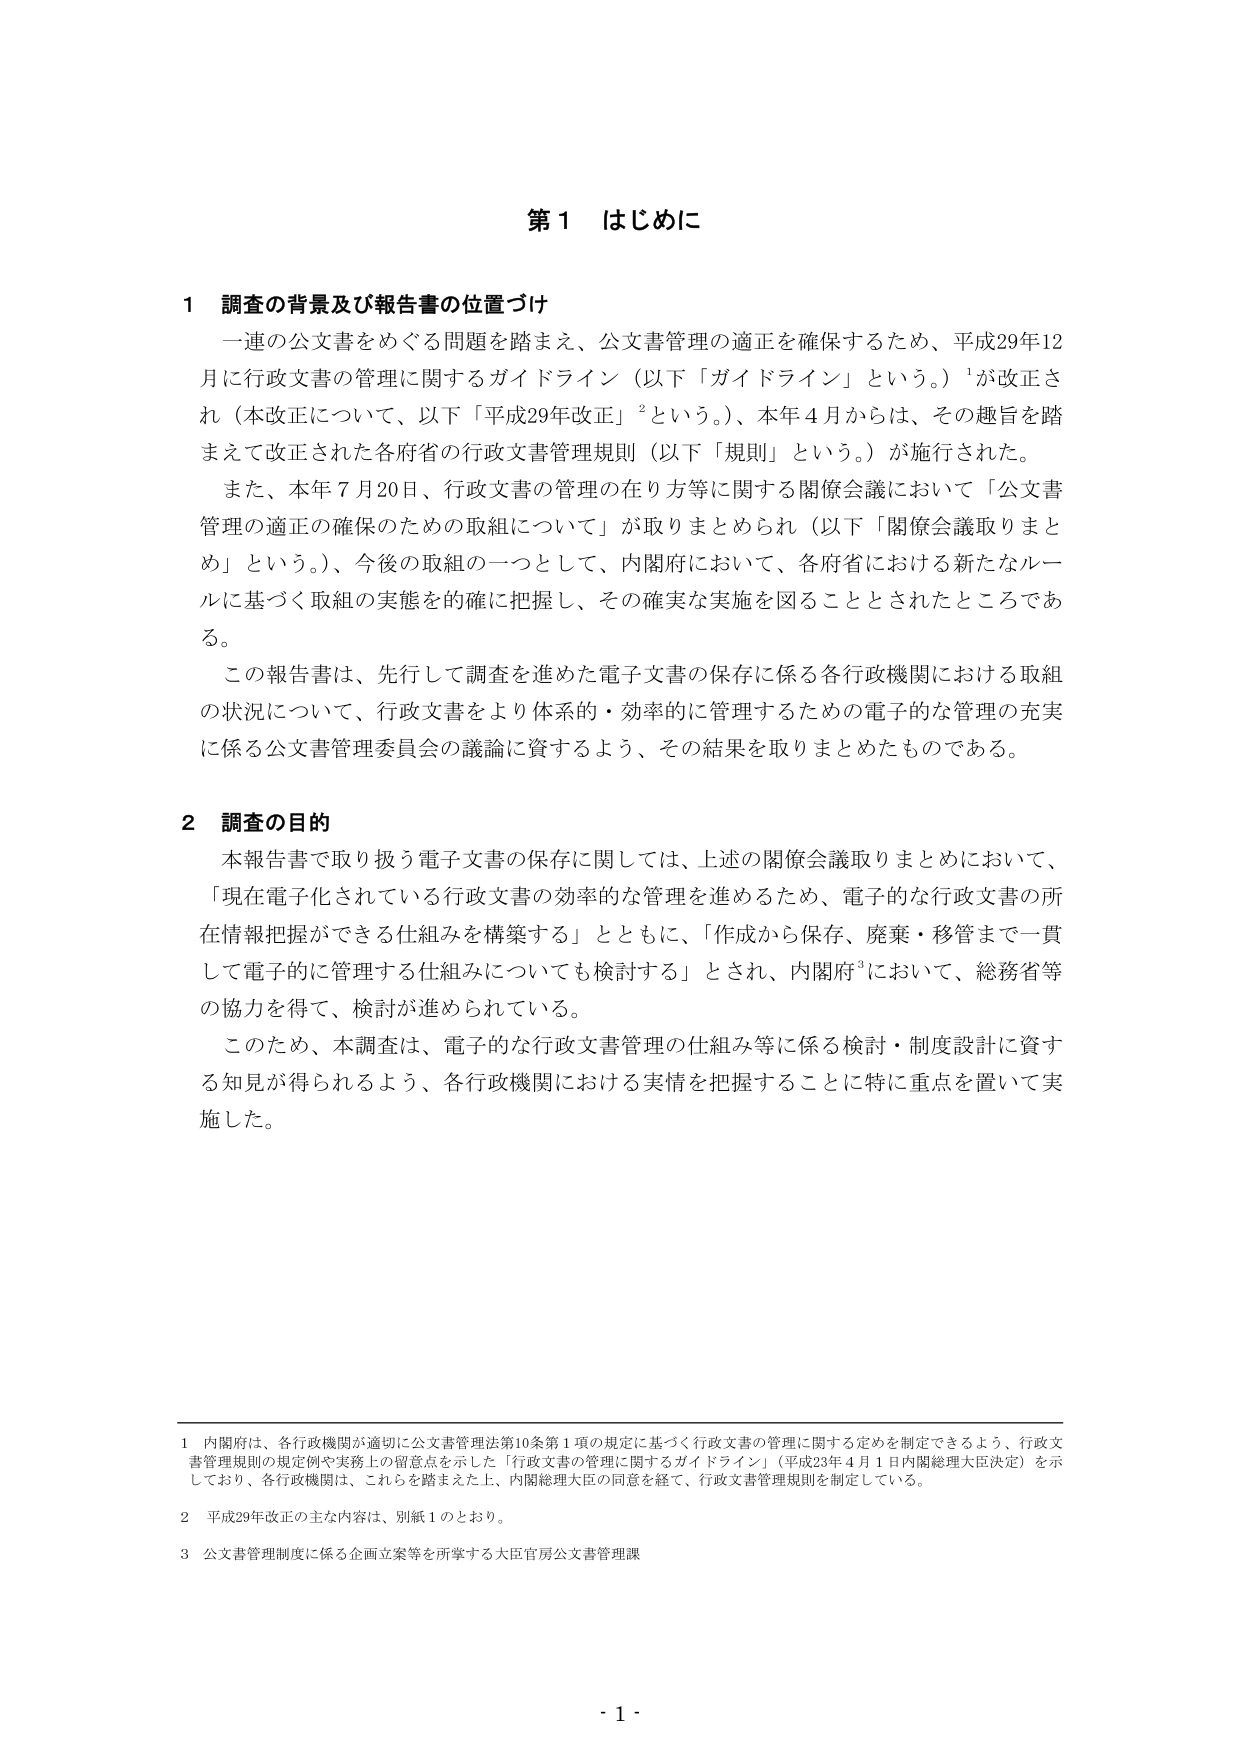
第１ はじめに

１ 調査の背景及び報告書の位置づけ
一連の公文書をめぐる問題を踏まえ、公文書管理の適正を確保するため、平成29年12月に行政文書の管理に関するガイドライン（以下「ガイドライン」という。）¹が改正され（本改正について、以下「平成29年改正」²という。）、本年４月からは、その趣旨を踏まえて改正された各府省の行政文書管理規則（以下「規則」という。）が施行された。
また、本年７月20日、行政文書の管理の在り方等に関する関係会議において「公文書管理の適正の確保のための取組について」が取りまとめられ（以下「関係会議取りまとめ」という。）、今後の取組の一つとして、内閣府において、各府省における新たなルールに基づく取組の実態を確に把握し、その確実な実施を図ることとされたところである。
この報告書は、先行して調査を進めた電子文書の保存に係る各行政機関における取組の状況について、行政文書をより体系的・効率的に管理するための電子的な管理の充実に係る公文書管理委員会の議論に資するよう、その結果を取りまとめたものである。

２ 調査の目的
本報告書で取り扱う電子文書の保存に関しては、上述の関係会議取りまとめにおいて、「現在電子化されている行政文書の効率的な管理を進めるため、電子的な行政文書の所在情報把握ができる仕組みを構築する」とともに、「作成から保存、廃棄・移管まで一貫して電子的に管理する仕組みについても検討する」とされ、内閣府³において、総務省等の協力を得て、検討が進められている。
このため、本調査は、電子的な行政文書管理の仕組み等に係る検討・制度設計に資する知見が得られるよう、各行政機関における実情を把握することに特に重点を置いて実施した。

１ 内閣府は、各行政機関が適切に公文書管理法第10条第１項の規定に基づく行政文書の管理に関する定めを制定できるよう、行政文書管理規則の規定例や実務上の留意点を示した「行政文書の管理に関するガイドライン」（平成23年４月１日内閣総理大臣決定）を示しており、各行政機関は、これらを踏まえた上、内閣総理大臣の同意を経て、行政文書管理規則を制定している。
２ 平成29年改正の主な内容は、別紙１のとおり。
３ 公文書管理制度に係る企画立案等を所掌する大臣官房公文書管理課

- 1 -